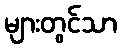
များတွင်သာ